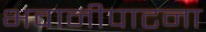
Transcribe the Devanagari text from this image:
भवानीपाटना